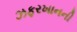
ઝફરખાનની